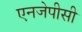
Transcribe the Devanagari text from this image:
एनजेपीसी